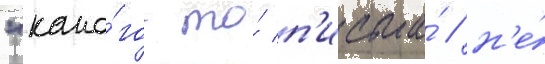
"како́го-то́ п'исьма́ / н'е́